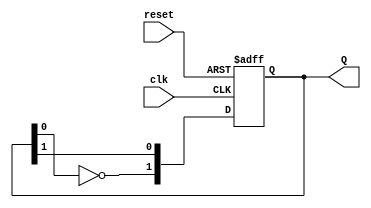
module dual_stage_johnson_counter (
    input wire clk,        // Clock signal
    input wire reset,      // Asynchronous reset signal
    output reg [1:0] Q     // 2-bit output representing the state of the counter
);

// State transition logic
always @(posedge clk or posedge reset) begin
    if (reset) begin
        Q <= 2'b00; // Initialize to known state on reset
    end else begin
        // Johnson counter logic
        Q[0] <= Q[1];          // Q1 takes the value of Q2
        Q[1] <= ~Q[0];         // Q2 takes the inverted value of Q1
    end
end

endmodule